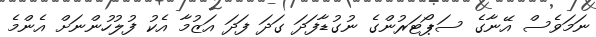
ނަމަވެސް އޭނާގެ ސަޕޯޓަރުންގެ ނުގުޑާފަދަ ގަދަ ފަދަ އަޒުމާ އެކު ފުލުހުންނަށް އެންމެ